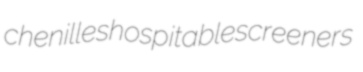
chenilles hospitable screeners